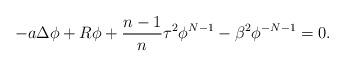
LaTeX: \begin{align*}-a\Delta \phi +R \phi + \frac{n-1}{n} \tau^2 \phi^{N-1} - \beta^2 \phi^{-N-1} = 0.\end{align*}